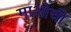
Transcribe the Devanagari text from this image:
माओची